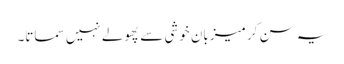
یہ سن کر میزبان خوشی سے پھولے نہیں سماتا۔